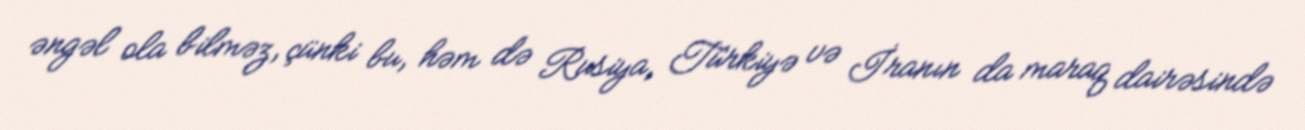
əngəl ola bilməz, çünki bu, həm də Rusiya, Türkiyə və İranın da maraq dairəsində